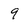
Character: 9